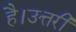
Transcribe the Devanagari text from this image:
है।उत्तरी